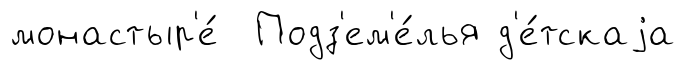
монастыр'е́ Подз'ем'е́лья д'е́тскаjа